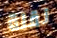
نقلة